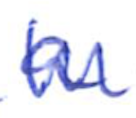
Text: a
Cross-out: zig-zag
Writing tool: ballpoint